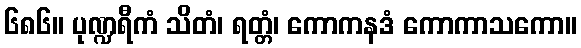
၆၈၆။ ပုဏ္ဍရီကံ သိတံ၊ ရတ္တံ၊ ကောကနဒံ ကောကာသကော။